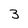
Character: 3